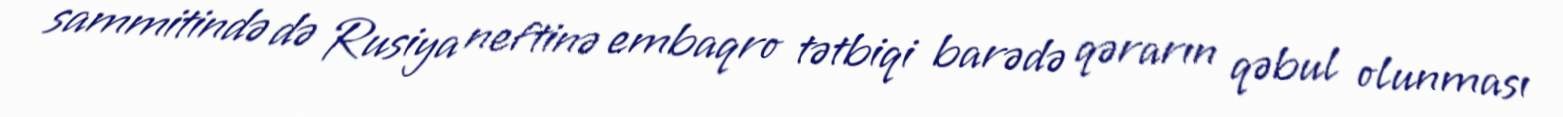
sammitində də Rusiya neftinə embaqro tətbiqi barədə qərarın qəbul olunması